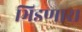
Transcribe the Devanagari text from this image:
भिडणारा